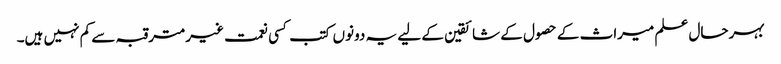
بہرحال علم میراث کے حصول کے شائقین کے لیے یہ دونوں کتب کسی نعمت غیرمترقبہ سے کم نہیں ہیں۔